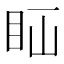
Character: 𥄝